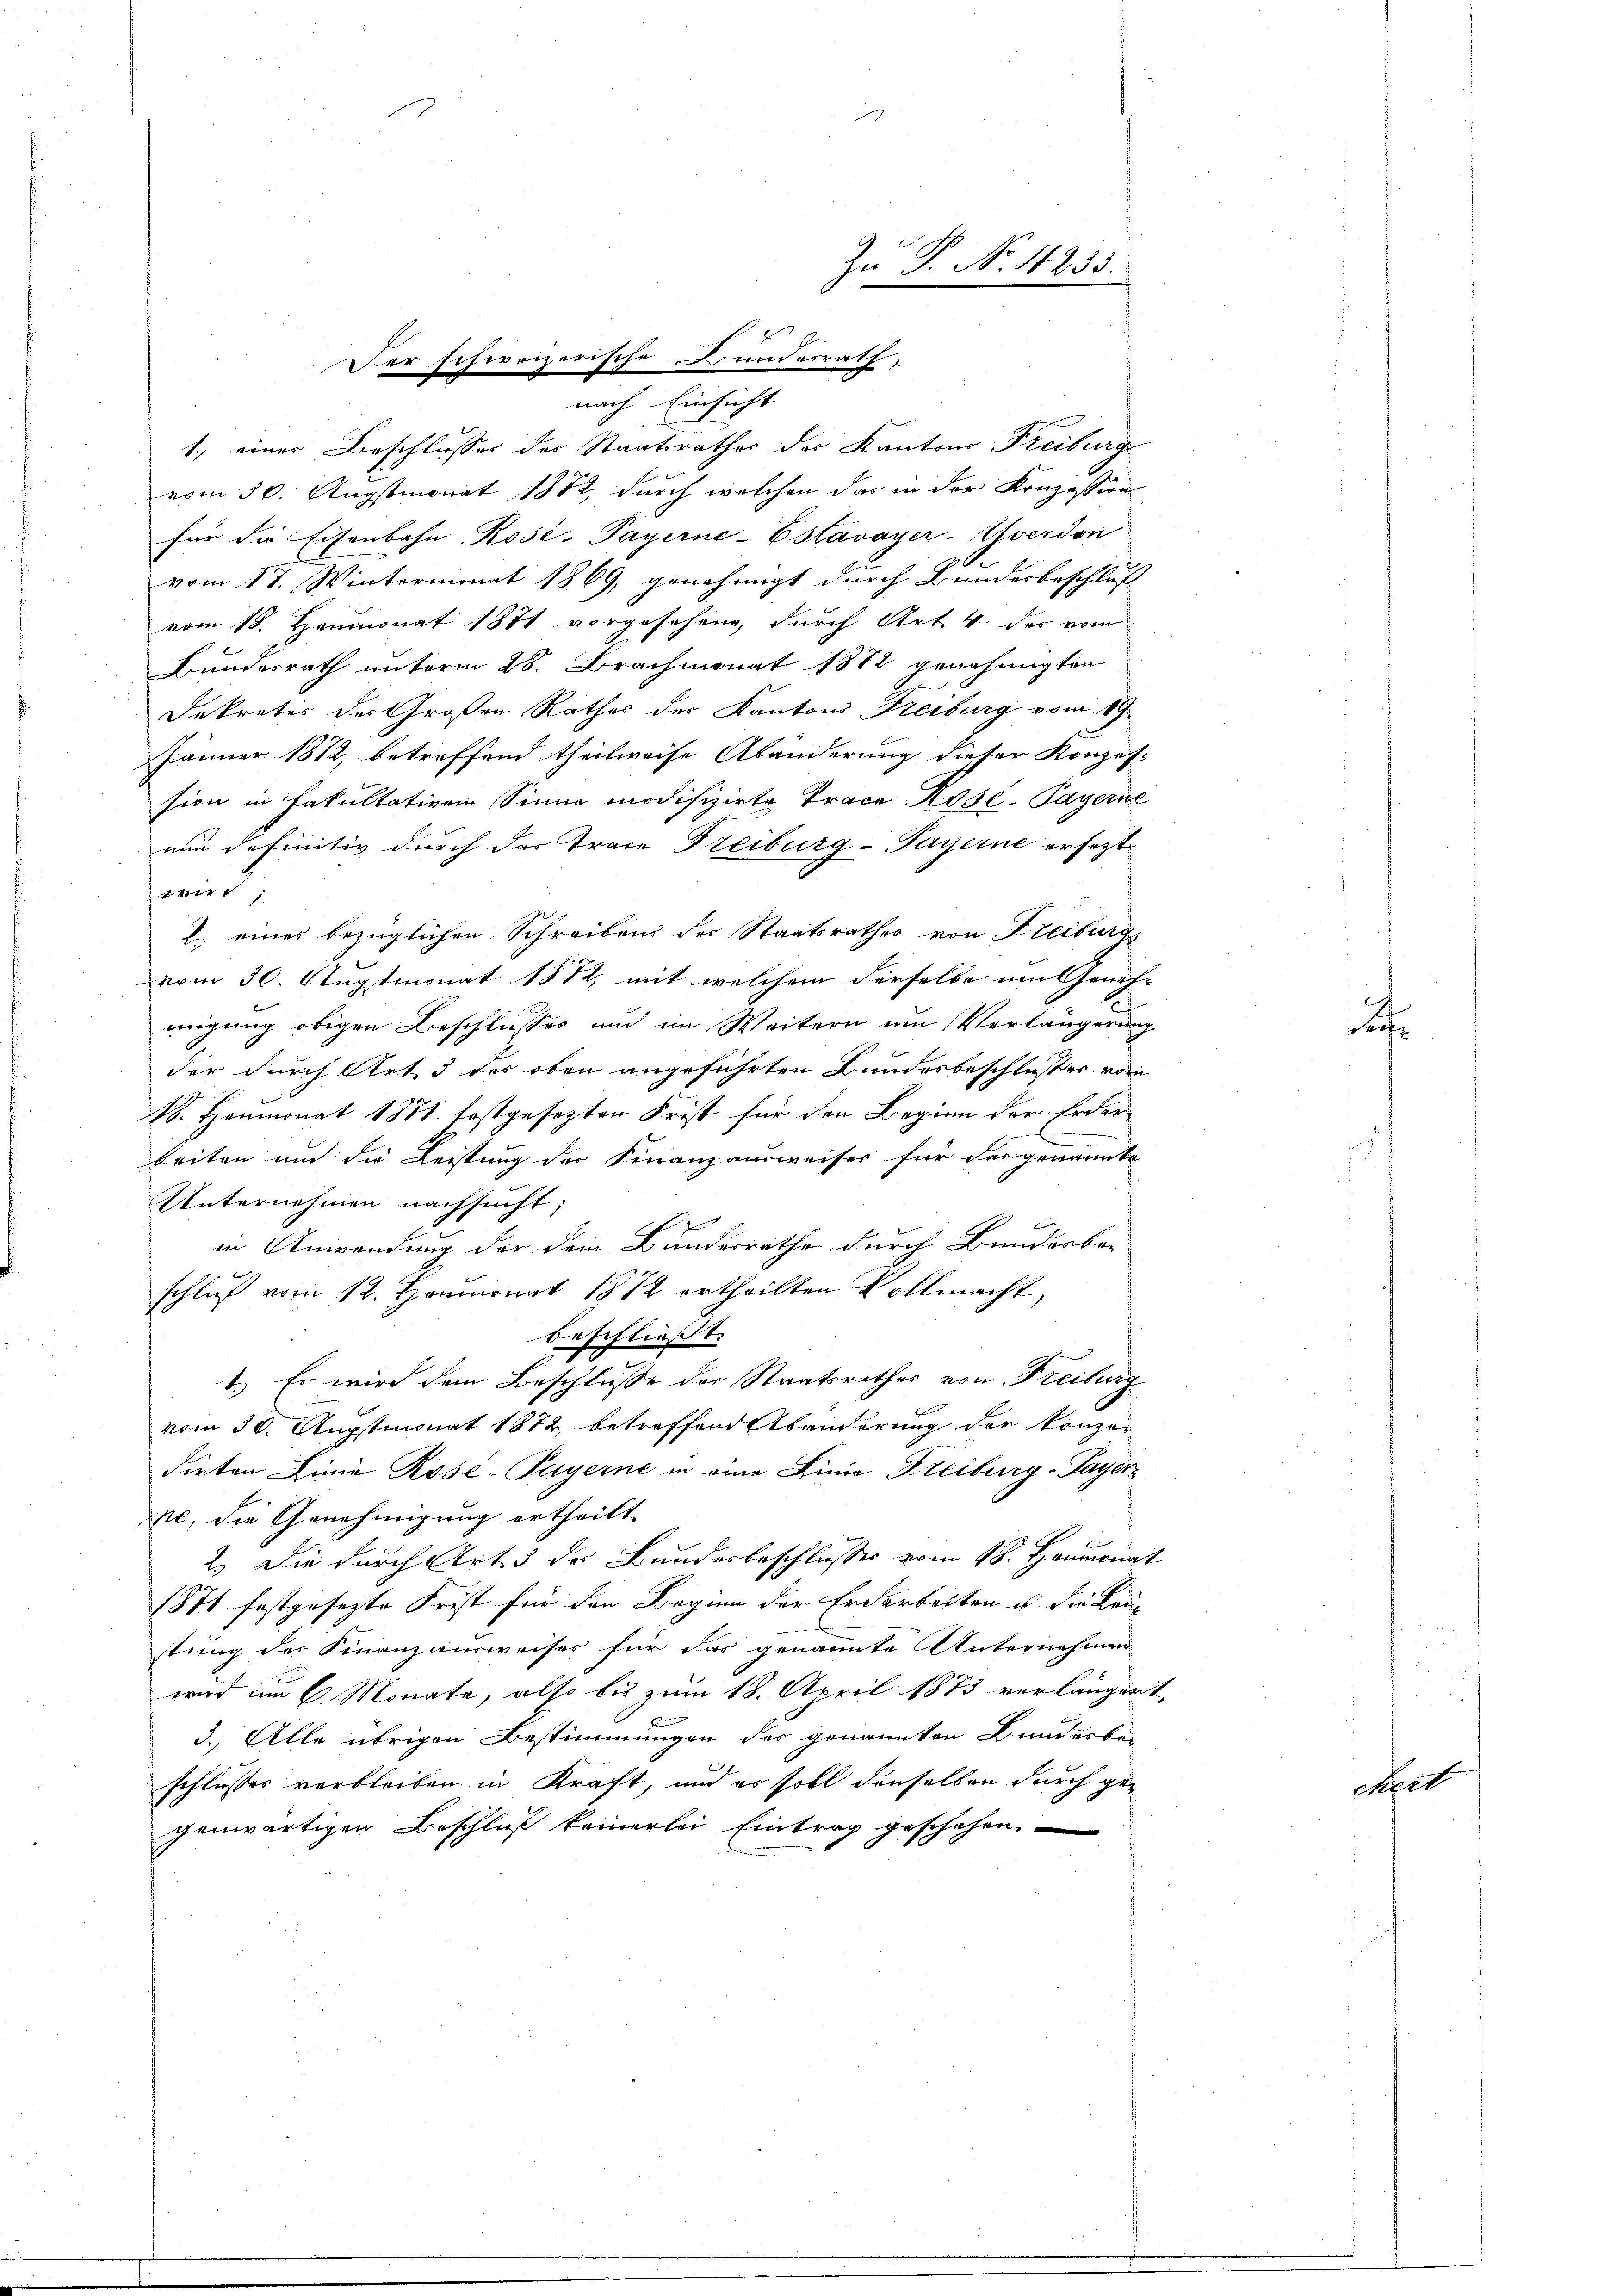
Der schweizerische Bundesrath,
nach Einsicht

1.) einer Beschlusses des Staatsrathes der Kantons Freiburge
vom 30. Augstmonat 1882, durch welchen das in der Konzession
für die Eisenbahn Rose-Payerne-Estavayer-Yverdon
vom 17. Wintermonat 1869, genehmigt durch Bundesbeschluß
vom 18. Heumonat 1871 vorgesehend, durch Art. 4 des vom
Bundesrath unterm 28. Brachmonat 1872 genehmigten
Dekreter des Großen Rathes der Kantons Freiburg vom 19.
Jänner 1812, betreffend theilweise Abänderung dieser Konzes-
sion in Fakultativem Sinne modifizirte Trace Kose-Payerne
nun definitiv durch der Trace Freiburg-Payerne erseztserin
l. einer bezüglichen Schreibens der Staatsrathes von Freiburg
vom 30. Augstmonat 1872, mit welchem derselbe am Geneh-
migung obigen Beschlusses und im Weitern um Verlängerung
der durch Art 3 des oben angeführten Bundesbeschlußes vom
18. Heumonat 1871. festgesezten Frist für den Beginn der Erderbeiten und die Leistung der Finanzausweises für das genannte
Unternehmen nachsucht;
in Anwendung der dem Bundesrathe durch Bunderbe-
schluß vom 12. Heumonat 1872 ertheilten Vollmacht,
beschließt:
1.) Es wird dem Beschlusse des Staatsrathes von Freiburg
vom 30. Augstmonat 1872, betreffend Abänderung der Konzer
dirten Linie Rose-Payerne in eine Linie Freiburg-Payer
pe, die Genehmigung ertheilt
2.) Die durch Art 3 des Bundesbeschlusses vom 18. Heumonat
1871 festgesezte Frist für den Beginn der Erdarbeiten u. die Bau-
stung der Finanzausweises für das genannte Unternehmen
wird um 6. Monate, also bis zum 18. April 1873 verlängert
3. Alle übrigen Bestimmungen der genannten Bundesbe-
schlusser verbleiben in Kraft, und es soll denselben durch gegenwärtigen Beschluß keinerlei Eintrag geschehen.

Zu P. No. 4233.

e

Act